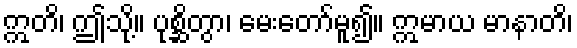
ဣတိ၊ ဤသို့။ ပုစ္ဆိတွာ၊ မေးတော်မူ၍။ ဣမာယ မာနာတိ၊